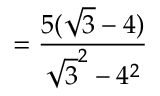
= { \frac { 5 ( { \sqrt { 3 } } - 4 ) } { { \sqrt { 3 } } ^ { 2 } - 4 ^ { 2 } } }